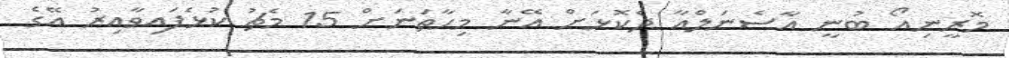
މޮރީނިއޯ ބުނީ އާސެނަލްއާ ދެކޮޅަށް އޭނާ މިހާތަނަށް 15 މެޗު ކުޅެފައިވާއިރު އޭގެ